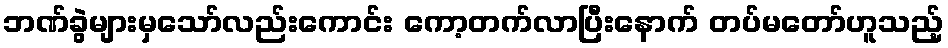
ဘဏ်ခွဲများမှသော်လည်းကောင်း ကော့တက်လာပြီးနောက် တပ်မတော်ဟူသည့်